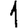
Digit: 1